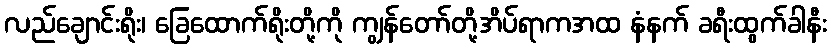
လည်ချောင်းရိုး၊ ခြေထောက်ရိုးတို့ကို ကျွန်တော်တို့အိပ်ရာကအထ နံနက် ခရီးထွက်ခါနီး